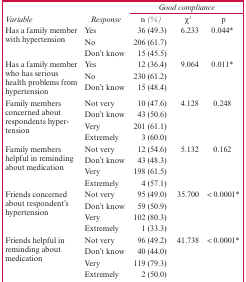
<table><thead><tr><td></td><td></td><td colspan="3"><b><i>Good compliance</i></b></td></tr><tr><td><b><i>Variable</i></b></td><td><b><i>Response</i></b></td><td><b><i>n (%)</i></b></td><td><b><i>χ2</i></b></td><td><b><i>p</i></b></td></tr></thead><tbody><tr><td rowspan="3">Has a family member with hypertension</td><td>Yes</td><td>36 (49.3)</td><td>6.233</td><td>0.044*</td></tr><tr><td>No</td><td>206 (61.7)</td><td></td><td></td></tr><tr><td>Don’t know</td><td>15 (45.5)</td><td></td><td></td></tr><tr><td rowspan="3">Has a family member who has serious healthproblems from hypertension</td><td>Yes</td><td>12 (36.4)</td><td>9.064</td><td>0.011*</td></tr><tr><td>No</td><td>230 (61.2)</td><td></td><td></td></tr><tr><td>Don’t know</td><td>15 (48.4)</td><td></td><td></td></tr><tr><td rowspan="4">Family members concerned about respondentshypertension</td><td>Not very</td><td>10 (47.6)</td><td>4.128</td><td>0.248</td></tr><tr><td>Don’t know</td><td>43 (50.6)</td><td></td><td></td></tr><tr><td>Very</td><td>201 (61.1)</td><td></td><td></td></tr><tr><td>Extremely</td><td>3 (60.0)</td><td></td><td></td></tr><tr><td rowspan="4">Family members helpful in reminding aboutmedication</td><td>Not very</td><td>12 (54.6)</td><td>5.132</td><td>0.162</td></tr><tr><td>Don’t know</td><td>43 (48.3)</td><td></td><td></td></tr><tr><td>Very</td><td>198 (61.5)</td><td></td><td></td></tr><tr><td>Extremely</td><td>4 (57.1)</td><td></td><td></td></tr><tr><td rowspan="4">Friends concerned about respondent’shypertension</td><td>Not very</td><td>95 (49.0)</td><td>35.700</td><td>&lt; 0.0001*</td></tr><tr><td>Don’t know</td><td>59 (50.9)</td><td></td><td></td></tr><tr><td>Very</td><td>102 (80.3)</td><td></td><td></td></tr><tr><td>Extremely</td><td>1 (33.3)</td><td></td><td></td></tr><tr><td rowspan="4">Friends helpful in reminding aboutmedication</td><td>Not very</td><td>96 (49.2)</td><td>41.738</td><td>&lt; 0.0001*</td></tr><tr><td>Don’t know</td><td>40 (44.0)</td><td></td><td></td></tr><tr><td>Very</td><td>119 (79.3)</td><td></td><td></td></tr><tr><td>Extremely</td><td>2 (50.0)</td><td></td><td></td></tr></tbody></table>